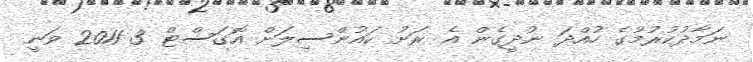
ނަމާދުކުރުމުގެ ހުއްދަ ނުދީގެން އެ ރަށު ކައުންސިލަށް އޮގަސްޓް 3 2011 ވަނީ